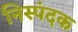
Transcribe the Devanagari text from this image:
निस्पंदक